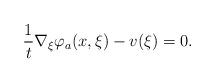
LaTeX: \begin{align*}\frac{1}{t}\nabla_\xi \varphi_a(x,\xi)-v(\xi)=0. \end{align*}